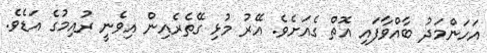
އަހަންމަދު ބާއްވާފައި އޮތް ގެއަށެވެ. އޭރު މުޅި ގޭތެރެއިން އިވެނީ ރުއިމުގެ އަޑެވެ.